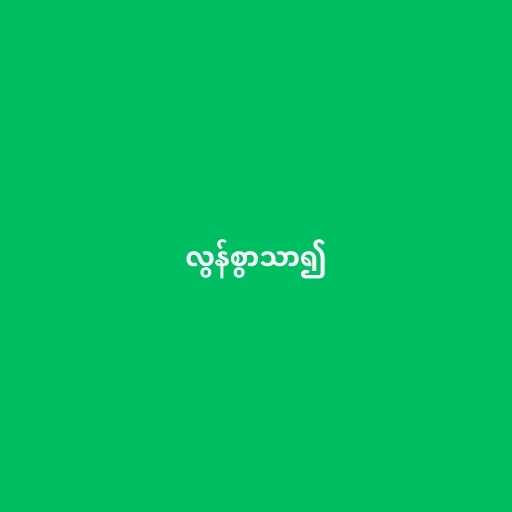
လွန်စွာသာ၍